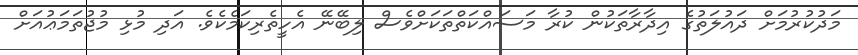
މަދުކުރުމަށް ދައުލަތުގެ އިދާރާތަކުން ކުރާ މަސައްކަތްތަކަށްވެސް ލިބޭނޭ އެހީތެރިކަމެކެވެ. އަދި މުޅި މުޖުތަމަޢުއަށް